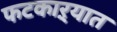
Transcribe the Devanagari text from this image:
फटकाऱ्यात